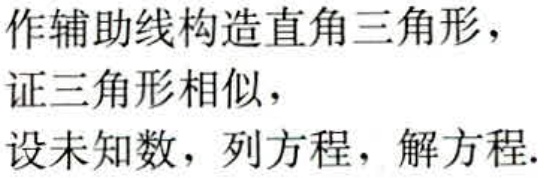
作辅助线构造直角三角形，
证三角形相似，
设未知数，列方程，解方程.